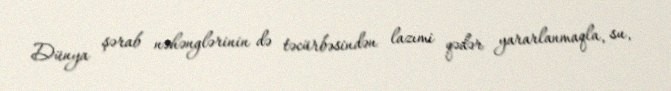
Dünya şərab nəhənglərinin də təcürbəsindən lazımi qədər yararlanmaqla, su,